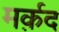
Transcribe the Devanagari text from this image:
मर्क़द